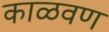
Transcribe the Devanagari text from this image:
काळवण